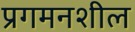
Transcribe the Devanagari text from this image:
प्रगमनशील